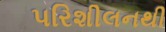
પરિશીલનથી